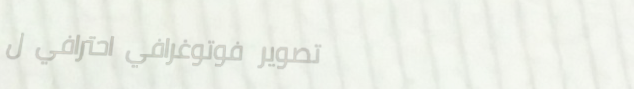
تصوير فوتوغرافي احترافي ل